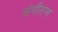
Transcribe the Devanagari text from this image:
संगीतग्य